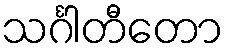
သင်္ဂါတီတော